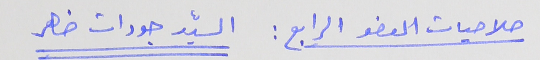
صلاحيات العضو الرابع : السيّد جودات ضاهر